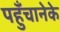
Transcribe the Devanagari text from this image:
पहुँचानेके